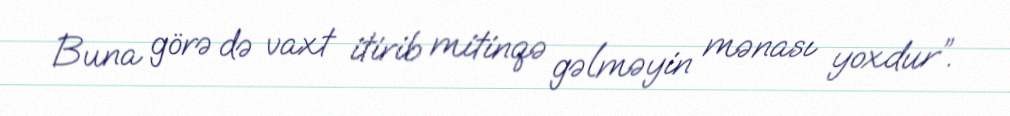
Buna görə də vaxt itirib mitinqə gəlməyin mənası yoxdur”.